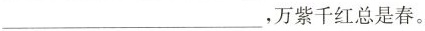
___，万紫千红总是春。